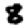
Digit: 8